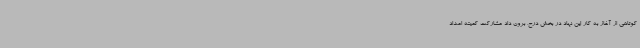
کوتاهی از آغاز به کار این نهاد در بخش درح، برون داد مشارکت کمیته امداد